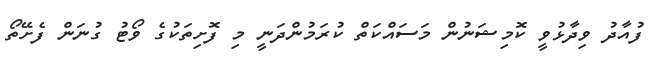
ފުއާދު ވިދާޅުވީ ކޮމިޝަނުން މަސައްކަތް ކުރަމުންދަނީ މި ފޮށިތަކުގެ ވޯޓު ގުނަން ފެށޭތޯ